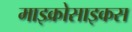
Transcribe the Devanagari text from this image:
माइक्रोसाइकस